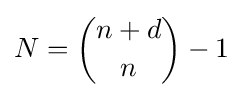
N={\binom {n+d}{n}}-1